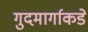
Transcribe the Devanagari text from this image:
गुदमार्गाकडे